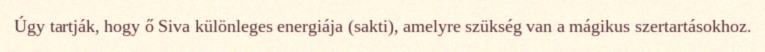
Úgy tartják, hogy ő Siva különleges energiája (sakti), amelyre szükség van a mágikus szertartásokhoz.